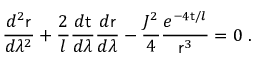
\frac { d ^ { 2 } { \sf r } } { d \lambda ^ { 2 } } + \frac { 2 } { l } \frac { d \sf t } { d \lambda } \frac { d { \sf r } } { d \lambda } - \frac { J ^ { 2 } } { 4 } \frac { e ^ { - 4 { \sf t } / l } } { { \sf r } ^ { 3 } } = 0 \; .